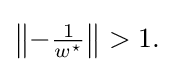
{\textstyle \left\|-{1 \over w^{\star }}\right\|>1.}